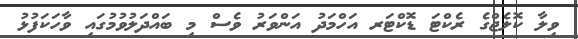
ވިލާ ކޮލެޖްގެ ރެކްޓަ ޑޮކްޓަރ އަހްމަދު އަންވަރު ވެސް މި ބައްދަލުވުމުގައި ވާހަކަފުޅު